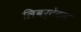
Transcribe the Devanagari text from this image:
लिबर्टेटम